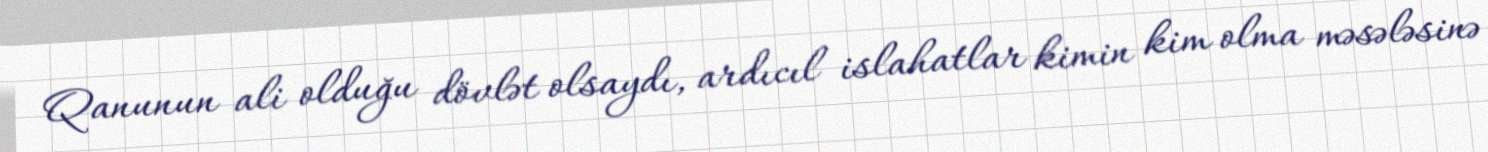
Qanunun ali olduğu dövlət olsaydı, ardıcıl islahatlar kimin kim olma məsələsinə